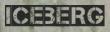
ICEBERG